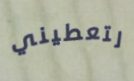
لتعطيني